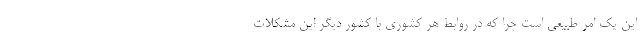
این یک امر طبیعی است چرا که در روابط هر کشوری با کشور دیگر این مشکلات